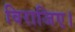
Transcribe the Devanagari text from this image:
विराजिए।